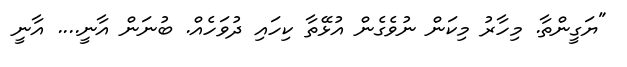
"ޔަގީންތާ. މިހާރު މިކަން ނުވެގެން އުޅޭތާ ކިހައި ދުވަހެއް. ބުނަން އާނީ.... އާނީ